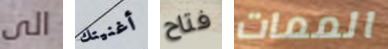
الى أغنيتك فتاح الممات